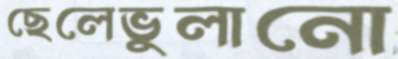
ছেলেভুলানো